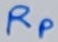
Text: RP